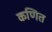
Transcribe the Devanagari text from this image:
कणित